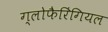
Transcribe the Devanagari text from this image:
ग्लोफैरिंगियल